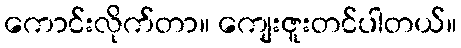
ကောင်းလိုက်တာ။ ကျေးဇူးတင်ပါတယ်။